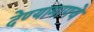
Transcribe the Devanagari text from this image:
देण्यामागचे